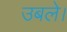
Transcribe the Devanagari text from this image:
उबले।